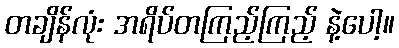
တချိန်လုံး အရိပ်တကြည့်ကြည့် နဲ့ပေါ့။